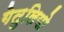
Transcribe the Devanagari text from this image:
गेतुलियो